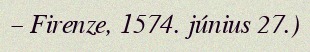
– Firenze, 1574. június 27.)